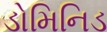
ડોમિનિડ